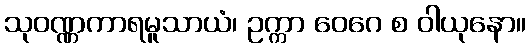
သုဝဏ္ဏကာရမူသာယံ၊ ဥက္ကာ ဝေဂေ စ ဝါယုနော။